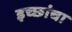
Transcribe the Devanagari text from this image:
इच्छांचा